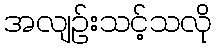
အလျဉ်းသင့်သလို